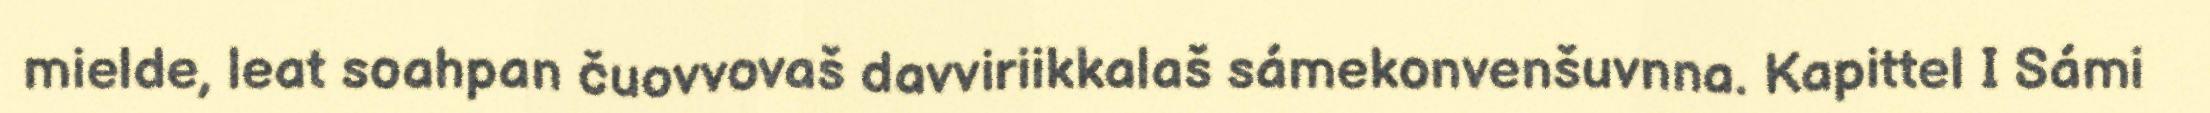
mielde, leat soahpan čuovvovaš davviriikkalaš sámekonvenšuvnna. Kapittel I Sámi